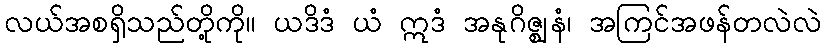
လယ်အစရှိသည်တို့ကို။ ယဒိဒံ ယံ ဣဒံ အနုဂိဇ္ဈနံ၊ အကြင်အဖန်တလဲလဲ